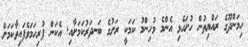
ހިމަންދޫގެ ރައްޔިތުން ހުށަހެޅި އެންމެ މުހިންމު ކަމަކީ ރަށުގެ ބަނދަރުކަމަށާއި